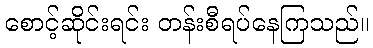
စောင့်ဆိုင်းရင်း တန်းစီရပ်နေကြသည်။